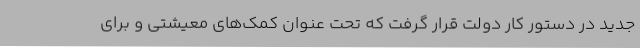
جدید در دستور کار دولت قرار گرفت که تحت عنوان کمک‌های معیشتی و برای